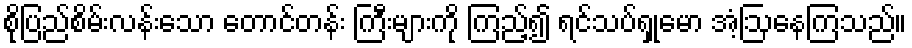
စိုပြည်စိမ်းလန်းသော တောင်တန်း ကြီးများကို ကြည့်၍ ရင်သပ်ရှုမော အံ့ဩနေကြသည်။